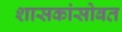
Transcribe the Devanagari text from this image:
शासकांसोबत